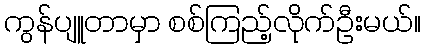
ကွန်ပျူတာမှာ စစ်ကြည့်လိုက်ဦးမယ်။